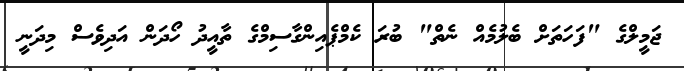
ޖަމީލްގެ "ފަހަތަށް ބެލުމެއް ނެތް" ބުރަ ކެމްޕެއިންގާސިމްގެ ތާއީދު ހޯދަން އަދިވެސް މިދަނީ